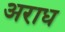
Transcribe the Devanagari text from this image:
अराध